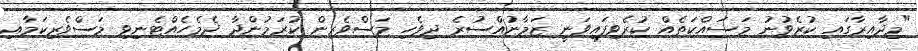
"މިދާއިރާގައި ކުރެވުނު މަސައްކަތެއް ކުރެވިފައިވަނީ ޒަމާނުއްސުރެ ދިވެހި މަސްވެރިން ކުރަމުންދާ ދެމެހެއްޓެނިވި މަސްވެރިކަމާއި